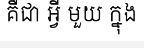
គឺជា អ្វី មួយ ក្នុង